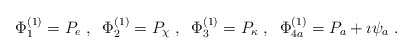
\begin{align*}\Phi^{(1)}_1=P_e\;, \;\; \Phi^{(1)}_2=P_\chi\;, \;\;\Phi^{(1)}_3=P_\kappa\;,\;\; \Phi^{(1)}_{4a}=P_a+\imath\psi_a\;.\end{align*}